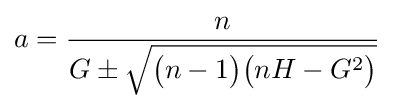
a={\frac {n}{G\pm {\sqrt {{\bigl (}n-1{\bigr )}{\bigl (}nH-G^{2}{\bigr )}}}}}